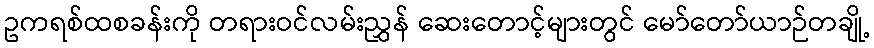
ဥကရစ်ထစခန်းကို တရားဝင်လမ်းညွှန် ဆေးတောင့်များတွင် မော်တော်ယာဉ်တချို့